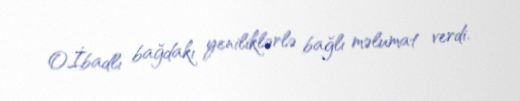
O.İbadlı bağdakı yeniliklərlə bağlı məlumat verdi.